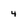
Character: 4